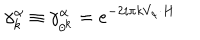
LaTeX: \gamma _ { k } ^ { \alpha } \equiv \gamma _ { \theta ^ { k } } ^ { \alpha } = e ^ { - 2 i \pi k V _ { \alpha } \cdot H }